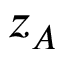
z _ { A }